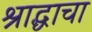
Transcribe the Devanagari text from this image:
श्राद्धाचा